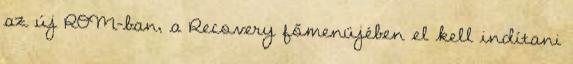
az új ROM-ban, a Recovery főmenüjében el kell indítani